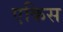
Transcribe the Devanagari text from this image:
एकिस